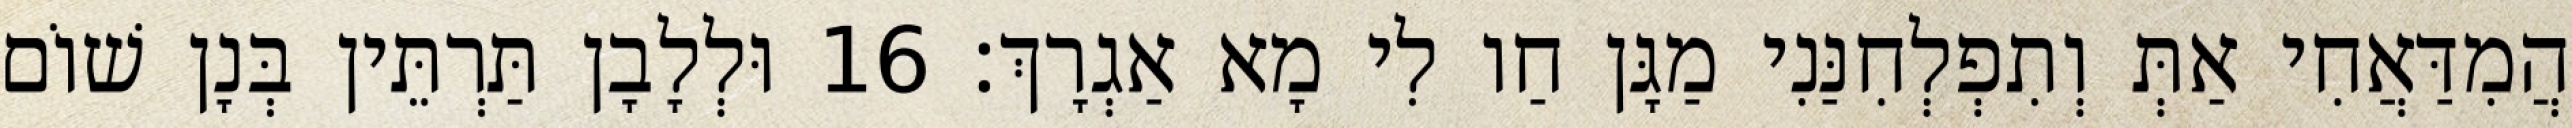
הֲמִדַּאֲחִי אַתְּ וְתִפְלְחִנַּנִי מַגָּן חַו לִי מָא אַגְרָךְ׃ 16 וּלְלָבָן תַּרְתֵּין בְּנָן שׁוֹם